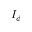
I _ { \phi }